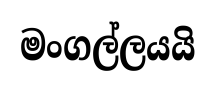
මංගල්ලයයි